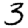
Digit: 3